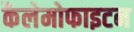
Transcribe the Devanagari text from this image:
कैलेमोफाइटन